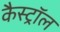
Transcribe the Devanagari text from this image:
कैस्ट्रॉल